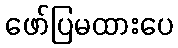
ဖော်ပြမထားပေ